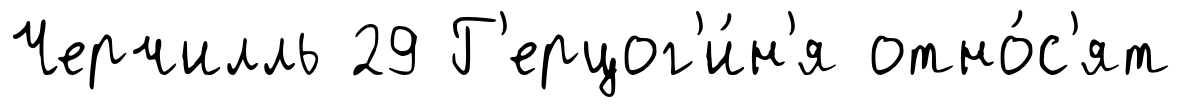
Черчилль 29 Г'ерцог'и́н'я отно́с'ят